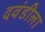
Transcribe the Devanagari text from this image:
दवंडीला